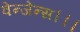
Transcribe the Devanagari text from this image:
वेन्जेन्स।।।